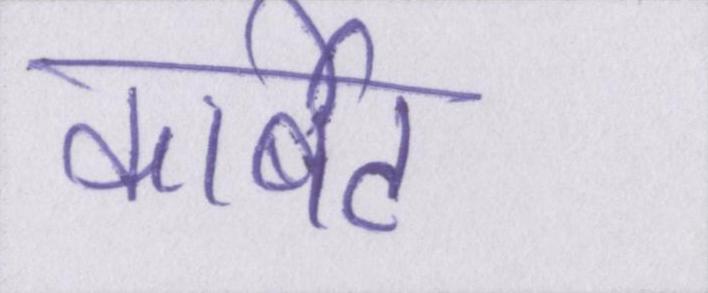
कार्बेट